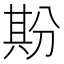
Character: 𠔡